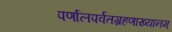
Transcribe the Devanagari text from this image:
पर्णालपर्वतग्रहणाख्यानम्